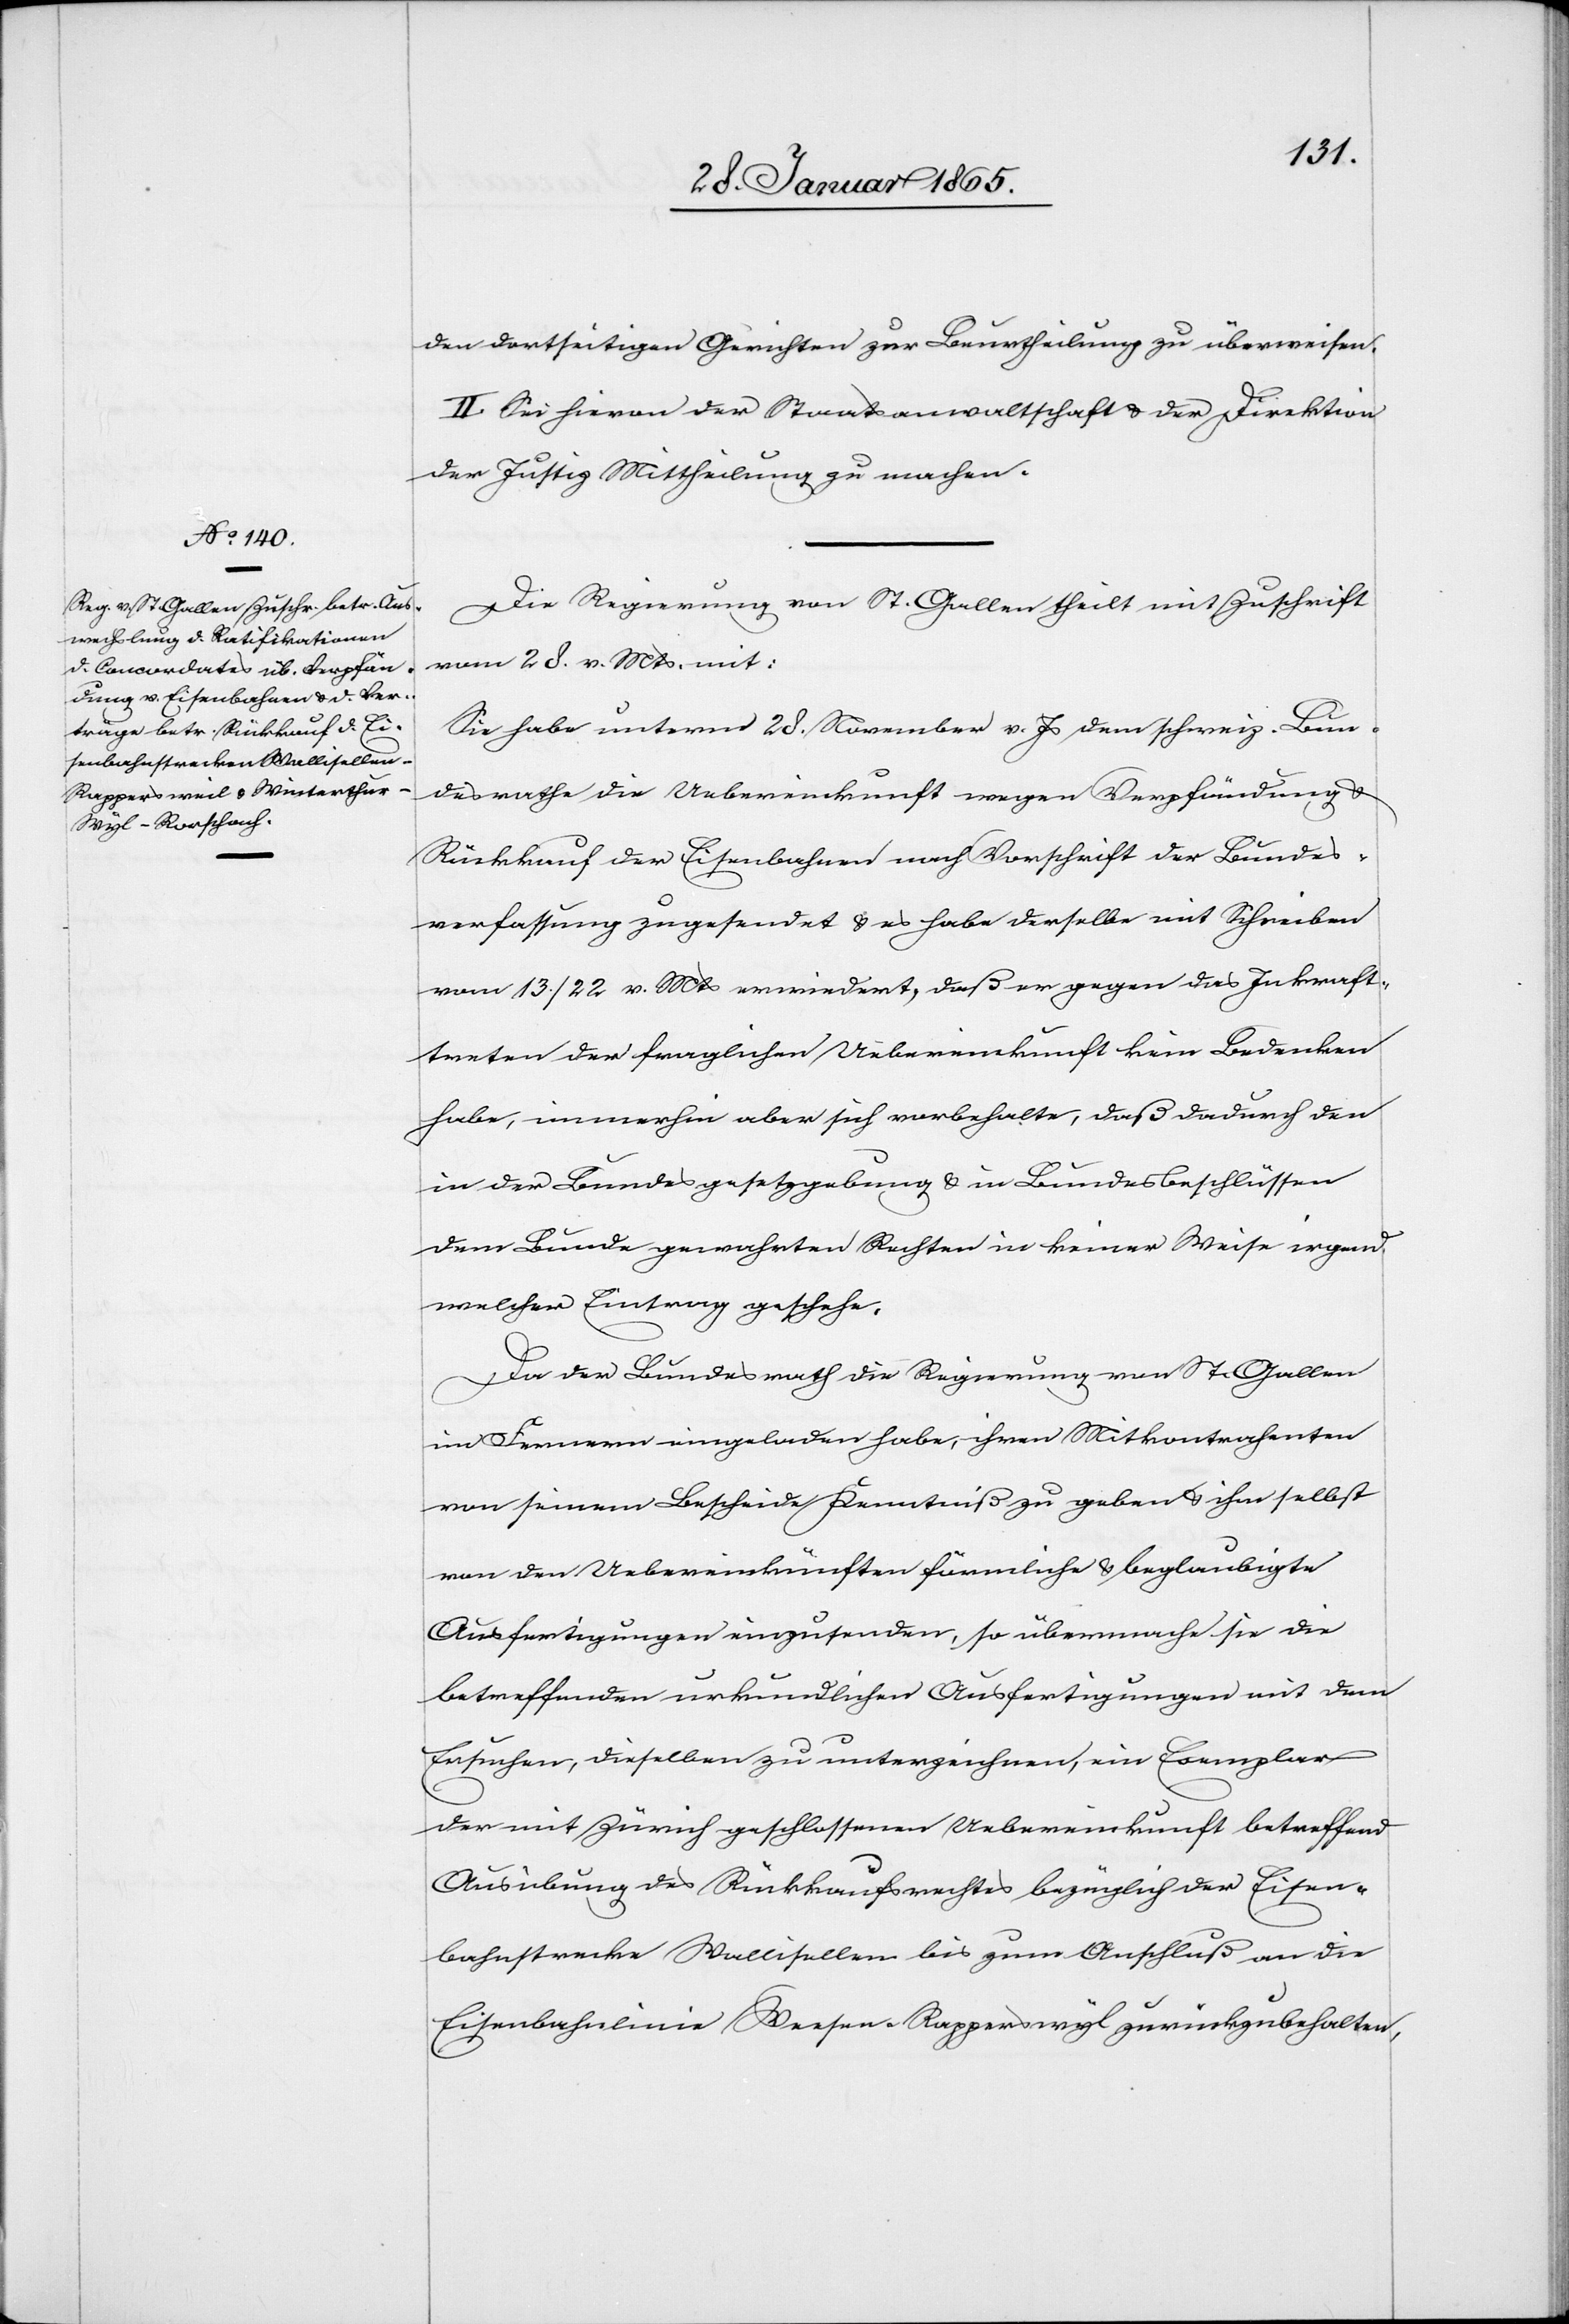
den dortseitigen Gerichten zur Beurtheilung zu überweisen.
II. Sei hievon der Staatsanwaltschaft u. der Direktion
der Justiz Mittheilung zu machen.
Die Regierung von St. Gallen theilt mit Zuschrift
vom 28. v. Mts. mit:
Sie habe unterm 28. November v. Js dem schweiz. Bun¬
desrathe die Uebereinkunft wegen Verpfändung u.
Rückkauf der Eisenbahnen nach Vorschrift der Bundes¬
verfassung zugesendet u. es habe derselbe mit Schreiben
vom 13./22 v. Mts erwiedert, daß er gegen das Inkraft¬
treten der fraglichen Uebereinkunft kein Bedenken
habe, immerhin aber sich vorbehalte, daß dadurch den
in der Bundesgesetzgebung u. in Bundesbeschlüssen
dem Bunde gewahrten Rechten in keiner Weise irgend
welcher Eintrag geschehe.
Da der Bundesrath die Regierung von St. Gallen
im Fernern eingeladen habe, ihren Mitkontrahenten
von seinem Bescheide Kenntniß zu geben u. ihm selbst
von den Uebereinkünften förmliche u. beglaubigte
Ausfertigungen einzusenden, so übermache sie die
betreffenden urkundlichen Ausfertigungen mit dem
Ersuchen, dieselben zu unterzeichnen, ein Exemplar
der mit Zürich geschlossenen Uebereinkunft betreffend
Ausübung des Rückkaufsrechtes bezüglich der Eisen¬
beahnstrecke Wallisellen bis zum Anschluß an die
Eisenbahnlinie Weesen-Rapperswyl zurückzubehalten,